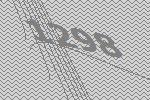
1298